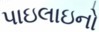
પાઇલાઇનો